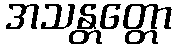
အသန္တတ္တော